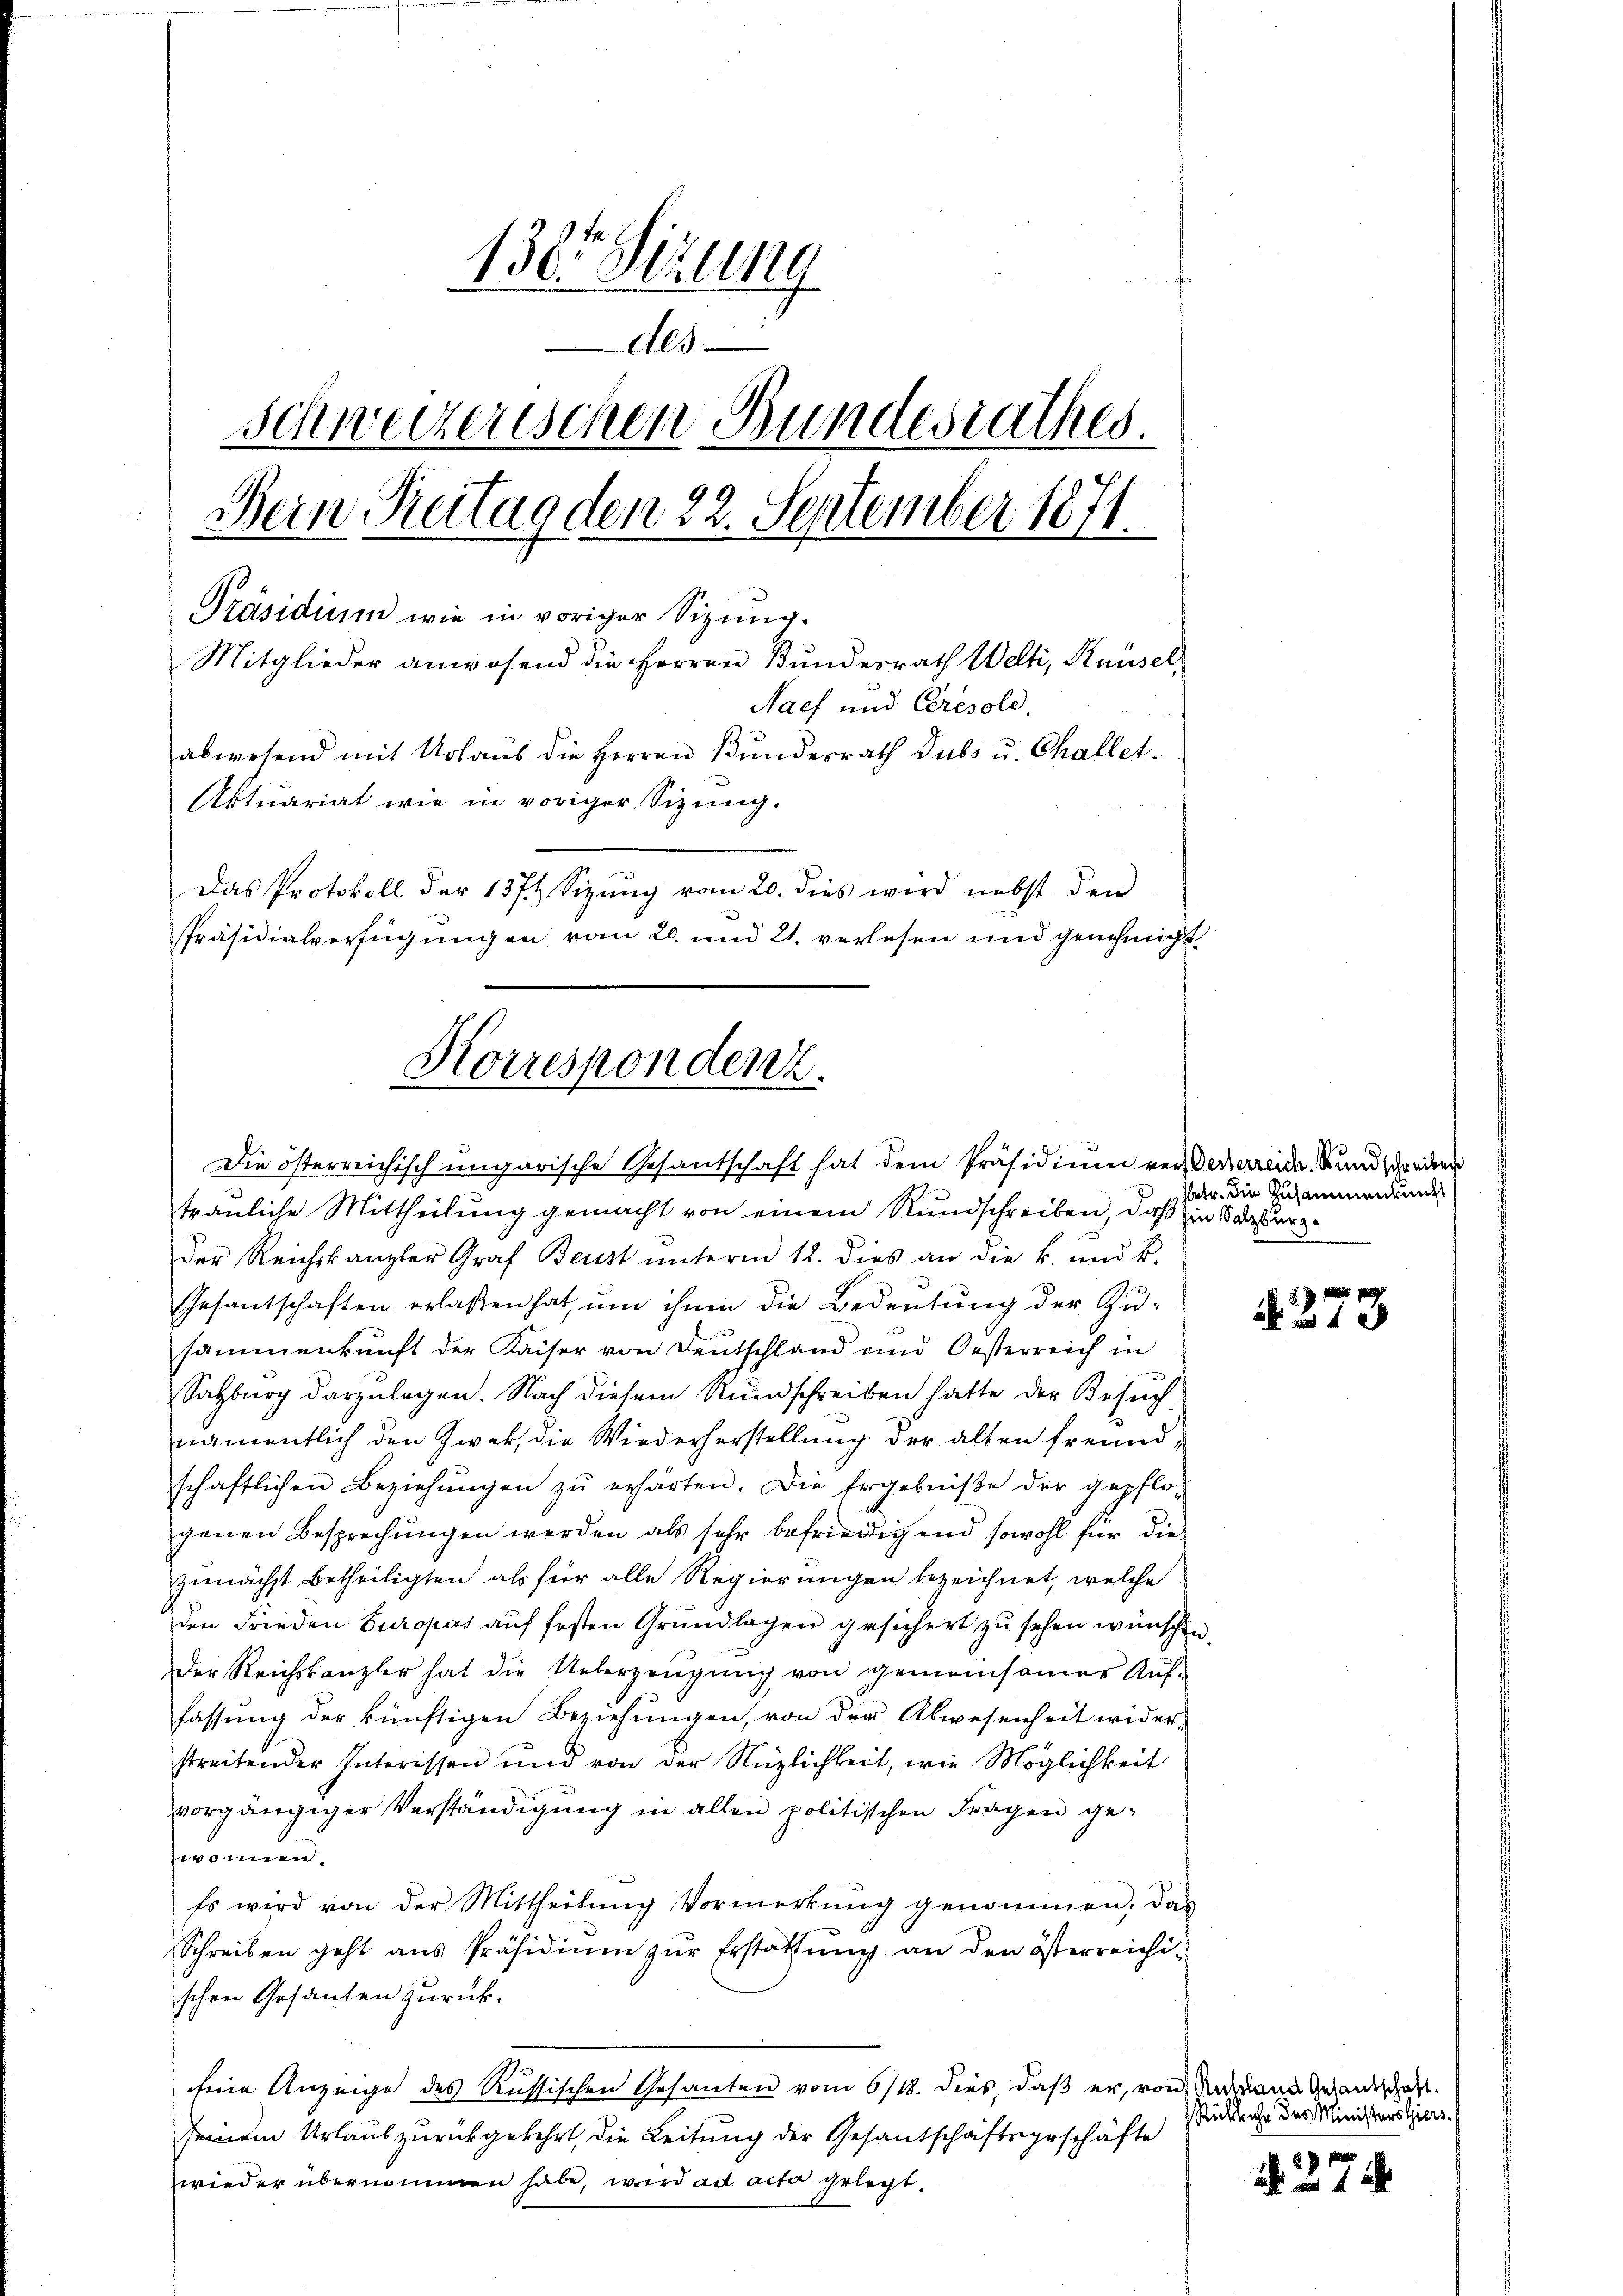
130 Sizung
Als
Schweizerischen Bundesrathes.
Bein Reitag den 22. September 1871.
Präsidium wie in voriger Sizung.
Mitglieder anwesend die Herren Bundesrath Welti, Knüsel¬
Nach und Cresold.
abwesend mit Urlaus die Herren Bunderrath Dubs u. Challet.
Aktuariat wie in voriger Sizung.
Das Protokoll der 1374 Sizung vom 20. dies wird nebst den
Präsidialverfügungen vom 20. und 21. verlesen und genehmigt

Korrespondenz.
Die österreichisch ungarische Gesantschaft hat dem Präsidium vor Deckerreide, und schreiben

trauliche Mittheilung gemacht von einem Rundschreiben, daß in Vorsorgder Reichskanzler Graf Baust unterm 12. dies an die k. und k.
Gesantschaften erlaßen hat, um ihnen die Bedeutung der Zu-
sammenkunft der Kaiser von Deutschland und Oesterreich in
Salzburg darzulegen. Nach diesem Rundschreiben hatte der Besuch
namentlich den Zwek, die Wiederherstellung der alten freundschaftlichen Beziehŭngen zŭ erhärten. Die Ergebniβe der gepflo-
genen Besprechungen werden als sehr befriedig und sowohl für die
unnächst betheiligten als für alle Regierungen bezeichnet, welche
den Frieden Europas aŭf festen Grŭndlagen gesichert zŭ sehen wünschen.
Der Reichskanzler hat die Ueberzeŭgŭng von gemeinsamer Auf-
fassung der künftigen Beziehungen, von der Abwesenheit wider-
streitender Interissen und von der Nüzlichkeit, wie Möglichkeit
vorgängiger Verständigung in allen politischen Fragen gewonnen.
Es wird von der Mittheilung Vormerkung genommen, das
Schreiben geht ans Präsidiŭm zŭr Erstattŭng an den österreichi-
schen Gesanten zurück.
Eine Anzeige des Russischen Gesanten vom 6/18. dies, daß er, von Indemann Gesandtschaft.
seinem Urlaub zurückgekehrt, die Leitung der Gesantschaftsgeschäfte
wieder übernommen habe, wird ad acta gelegt.

hetr. die Zusammenkung

4. 273

Rükkehr des Ministerstiers.

N. 271